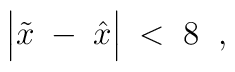
\Big| \tilde{x} \; - \; \hat{x} \Big| \; < \; 8 \; \; ,